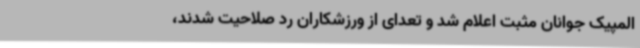
المپیک جوانان مثبت اعلام شد و تعدای از ورزشکاران رد صلاحیت شدند،